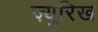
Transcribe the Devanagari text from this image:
ज़्युरिख